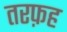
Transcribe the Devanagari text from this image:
तरफ़ह